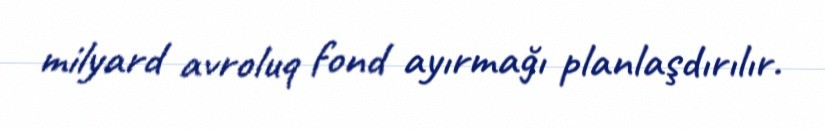
milyard avroluq fond ayırmağı planlaşdırılır.